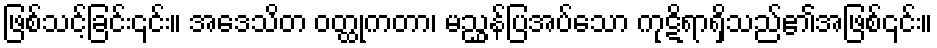
ဖြစ်သင့်ခြင်း၎င်း။ အဒေသိတ ဝတ္ထုကတာ၊ မညွှန်ပြအပ်သော ကုဋိရာရှိသည်၏အဖြစ်၎င်း။